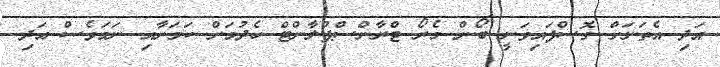
އަދި އެތަނަށް ގޮސްފައިވަނީ ބޯން މެރޯ ޓްރާންސްޕްލާންޓް ހެދުމަށް ކަމަށާއި ނަމަވެސް އަދި